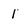
Character: 1